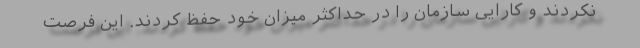
نکردند و کارایی سازمان را در حداکثر میزان خود حفظ کردند. این فرصت